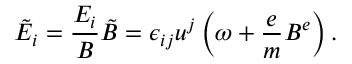
\tilde { E } _ { i } = \frac { E _ { i } } { B } \tilde { B } = \epsilon _ { i j } u ^ { j } \left( \omega + \frac { e } { m } B ^ { e } \right) .